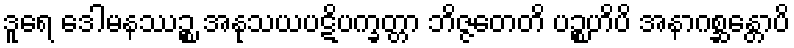
ဒူရေ ဒေါမနဿဉ္စ အနုသယပဋိပက္ခတ္တာ ဘိဇ္ဇတေတိ ပဉ္စဟိပိ အနာဂစ္ဆန္တောပိ